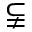
\subsetneqq